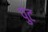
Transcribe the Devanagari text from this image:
पुंट